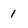
Character: 1